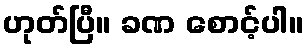
ဟုတ်ပြီ။ ခဏ စောင့်ပါ။